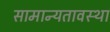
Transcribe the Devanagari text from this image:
सामान्यतावस्था